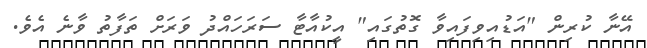
އޭނާ ކުރިން "އަޑުއިވިފައިވާ ގޮތުގައި" އީކުއާޓާ ސަރަހައްދު ވަރަށް ތަފާތު ވާނެ އެވެ.